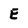
Character: E